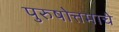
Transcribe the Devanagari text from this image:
पुरुषोत्तमाचे